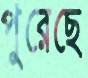
পুরেছে